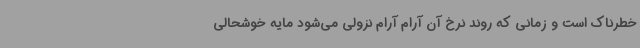
خطرناک است و زمانی که روند نرخ آن آرام آرام نزولی می‌شود مایه خوشحالی